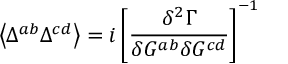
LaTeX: \left\langle \Delta ^ { a b } \Delta ^ { c d } \right\rangle = i \left[ \frac { \delta ^ { 2 } \Gamma } { \delta G ^ { a b } \delta G ^ { c d } } \right] ^ { - 1 }